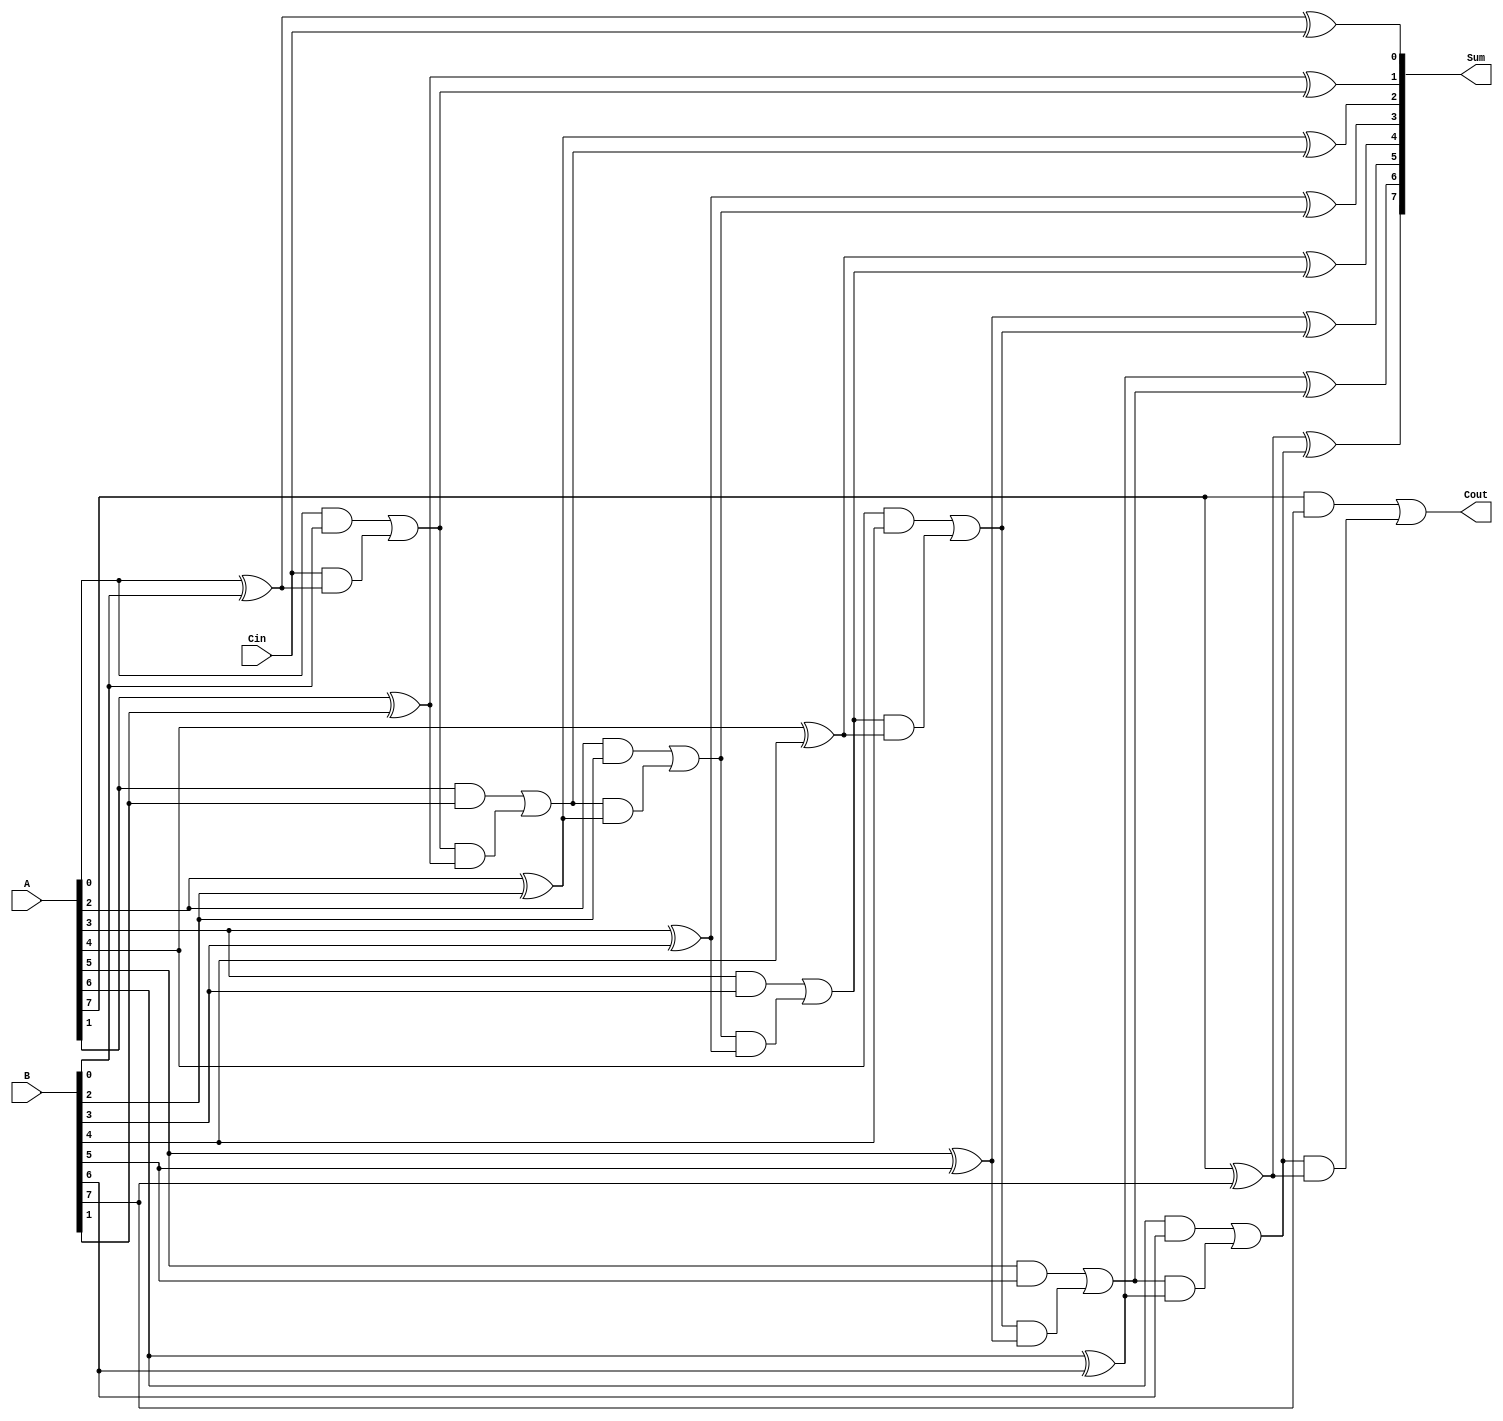
module ManchesterCarryChainAdder #(
    parameter N = 8 // Parameter for the bit-width of the adder
)(
    input [N-1:0] A,   // First operand
    input [N-1:0] B,   // Second operand
    input Cin,         // Carry-in
    output [N-1:0] Sum,// Sum output
    output Cout        // Carry-out
);

    wire [N:0] carry;  // Carry signals (N+1 to include Cout)
    assign carry[0] = Cin; // Initial carry is Cin

    genvar i;
    generate
        for (i = 0; i < N; i = i + 1) begin : adder_bit
            // Carry generation
            assign carry[i + 1] = (A[i] & B[i]) | (carry[i] & (A[i] ^ B[i]));
            // Sum calculation
            assign Sum[i] = A[i] ^ B[i] ^ carry[i];
        end
    endgenerate

    // Final carry-out
    assign Cout = carry[N];

endmodule